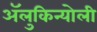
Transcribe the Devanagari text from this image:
ॲलुकिन्योली